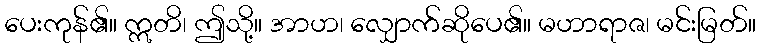
ပေးကုန်၏။ ဣတိ၊ ဤသို့။ အာဟ၊ လျှောက်ဆိုပေ၏။ မဟာရာဇ၊ မင်းမြတ်။